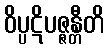
ဝိပ္ပဋိပဇ္ဇန္တီတိ